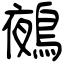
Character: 鵺